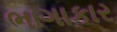
ભાગાકાર